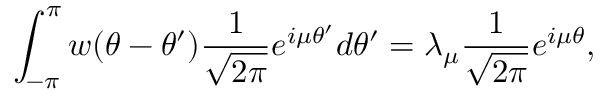
\int _ { - \pi } ^ { \pi } w ( \theta - \theta ^ { \prime } ) \frac { 1 } { \sqrt { 2 \pi } } e ^ { i \mu \theta ^ { \prime } } d \theta ^ { \prime } = \lambda _ { \mu } \frac { 1 } { \sqrt { 2 \pi } } e ^ { i \mu \theta } ,